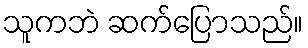
သူကဘဲ ဆက်ပြောသည်။